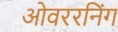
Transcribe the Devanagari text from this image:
ओवररनिंग